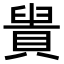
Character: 𧷈